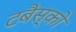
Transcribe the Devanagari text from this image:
टबैस्को